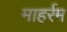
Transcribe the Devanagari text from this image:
माहर्रम